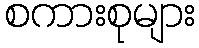
စကားစုများ